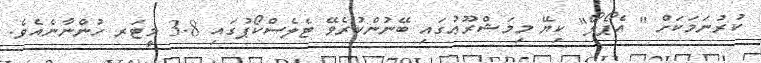
ކުރުނަމަކަށް '' އެޕޯލޯ'' ކިޔޭ މިމަޝްރޫޢުގައި ބޭނުންކުރެވޭ ޓެލެސްކޯޕުގައި 3.8 މީޓަރ ހުންނާނެއެވެ.